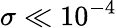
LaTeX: \sigma\ll 10^{-4}